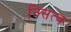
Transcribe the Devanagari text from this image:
निसत्व